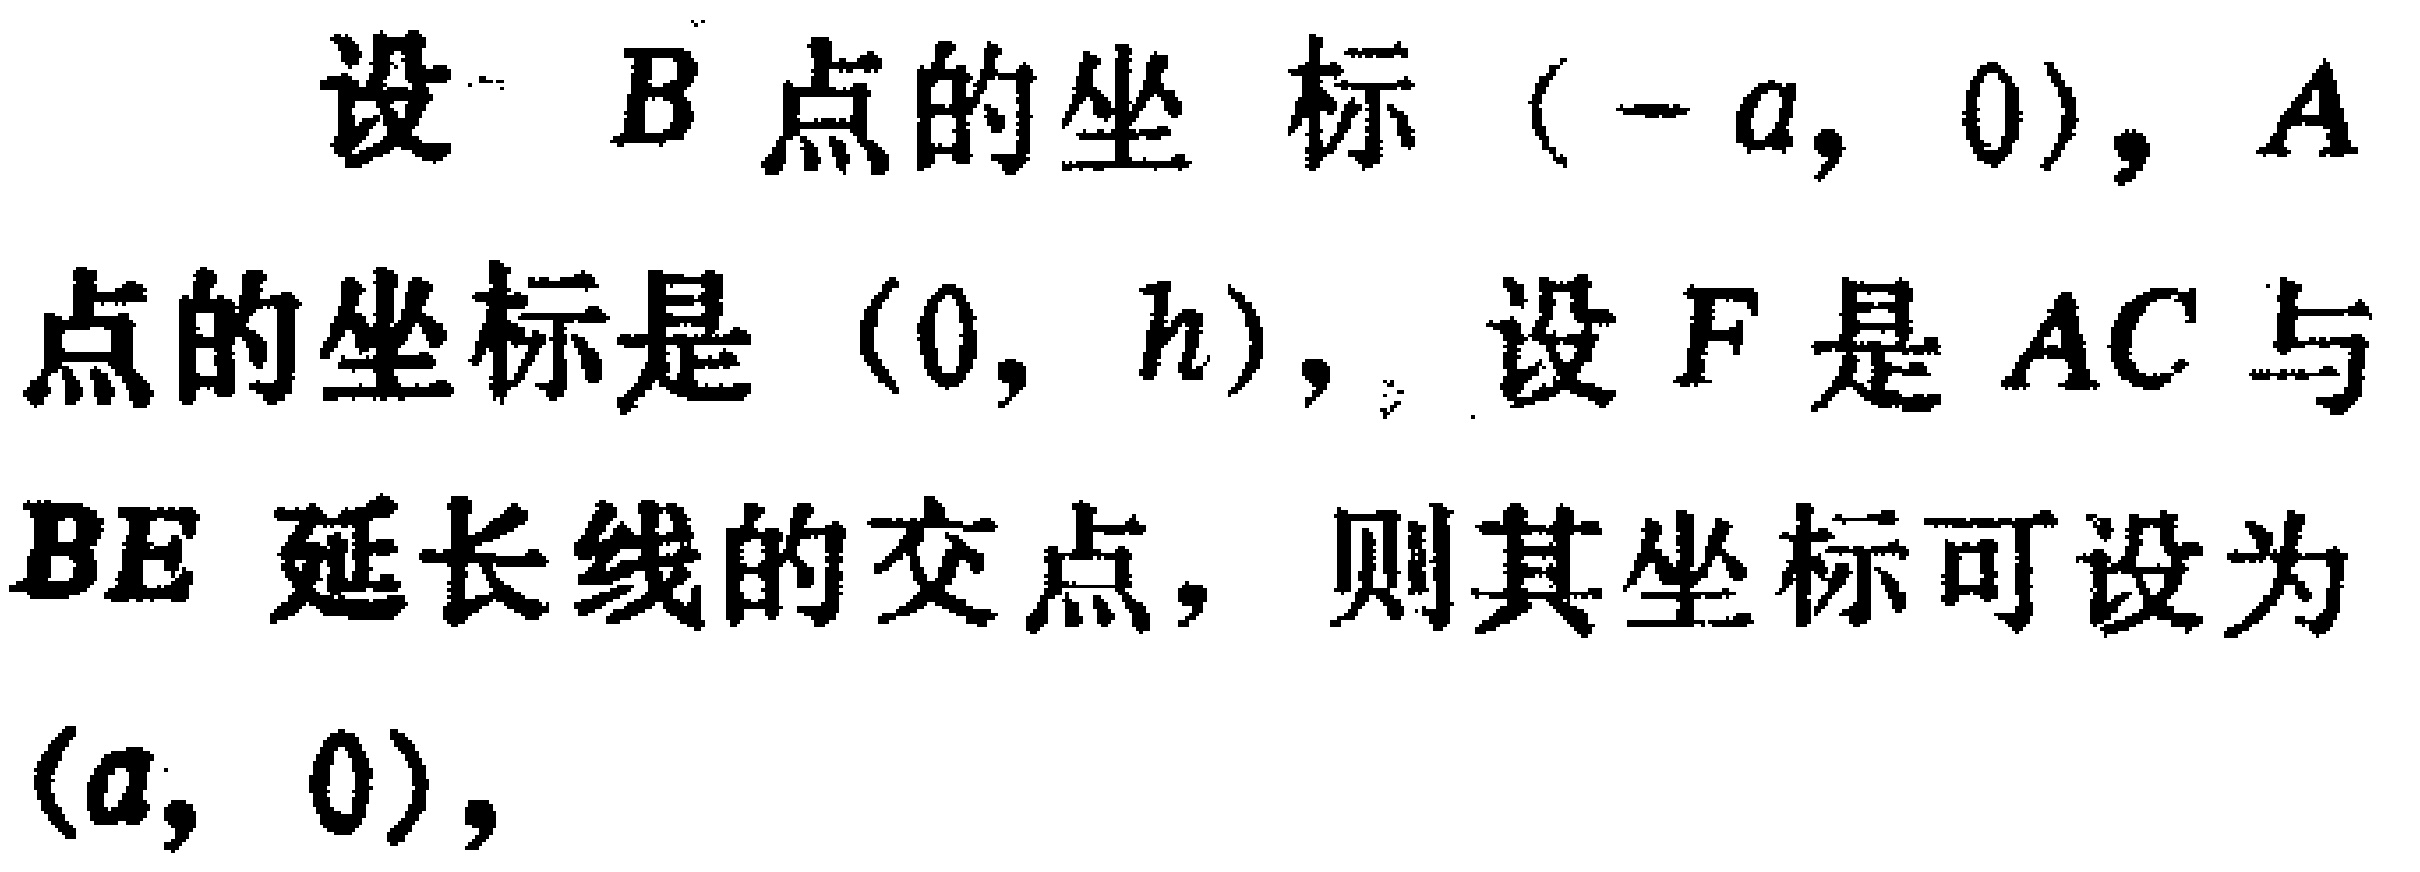
设 \(B\) 点的坐标 \((-a,0)\)，\(A\) 点的坐标是 \((0,h)\)，设 \(F\) 是 \(AC\) 与 \(BE\) 延长线的交点，则其坐标可设为 \((a,0)\)，